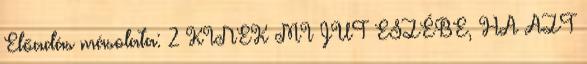
Előadás másolata: 2 KINEK MI JUT ESZÉBE, HA AZT